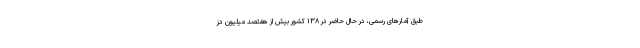
طبق آمارهای رسمی، در حال حاضر در ۱۳۸ کشور بیش از هفتصد میلیون دُز